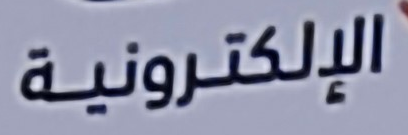
الإلكترونية